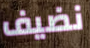
نضيف